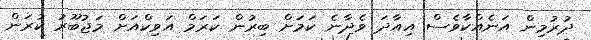
ދުރުމިން އަނެއްކާވެސް އިއާދަ ވެދާނެ ކަމަށް ބިރުން ކަރަމް އަވިކްއަށް މަޖުބޫރު ކުރަން